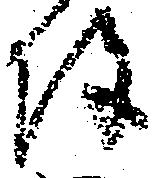
陣